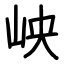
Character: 岟